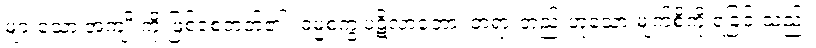
များသော အကျိုးကို ဖြစ်စေတတ်၏။ ဓမ္မစက္ခုပဋိလာဘော၊ တရားတည်းဟူသော မျက်စိကို ရခြင်းသည်။